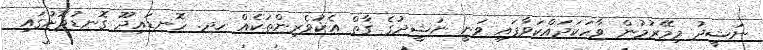
ނަޝީދު މިމޭރުމުން ވާހަކަދައްކަވާފައި ވަނީ ނަޝީދުގެ ގާތް އެކުވެރިންތަކެއް ހދ. ހޮނޑައިދޫ ގޮނޑުދޮށުގައި